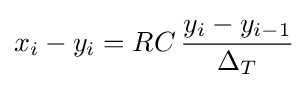
x_{i}-y_{i}=RC\,{\frac {y_{i}-y_{i-1}}{\Delta _{T}}}